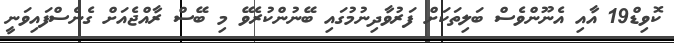
ކޮވިޑް19 އާއި އެނޫންވެސް ބަލިތަކަށް ފަރުވާދިނުމުގައި ބޭނުންކުރެވޭ މި ބޭސް ރާއްޖެއަށް ގެނެސްފައިވަނީ